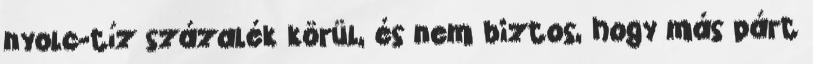
nyolc-tíz százalék körül, és nem biztos, hogy más párt